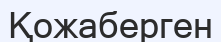
Қожаберген